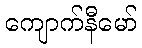
ကျောက်နီမော်